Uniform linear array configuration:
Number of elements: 8
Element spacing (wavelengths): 1
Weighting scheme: hamming
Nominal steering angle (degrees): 15
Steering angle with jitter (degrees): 15.639
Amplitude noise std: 0.05
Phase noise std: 0.05

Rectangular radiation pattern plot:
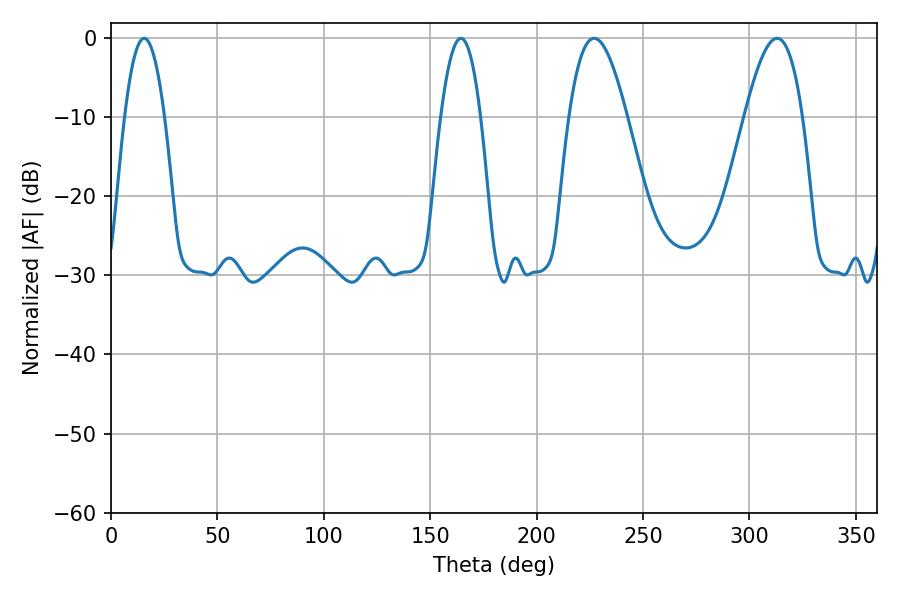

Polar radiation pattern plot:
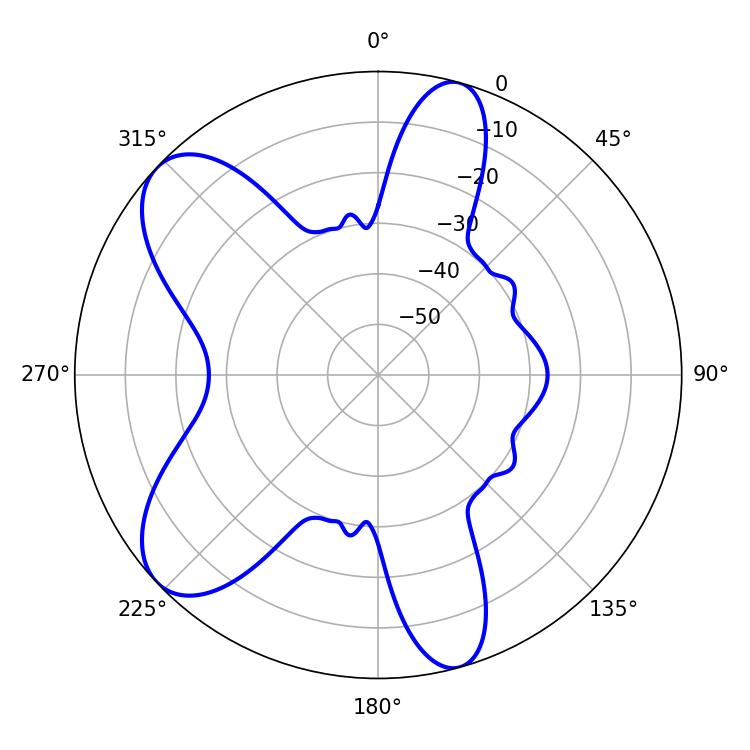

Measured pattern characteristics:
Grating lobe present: TRUE
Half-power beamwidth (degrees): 14.76
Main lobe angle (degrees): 226.98